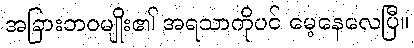
အခြားဘဝမျိုး၏ အရသာကိုပင် မေ့နေလေပြီ။